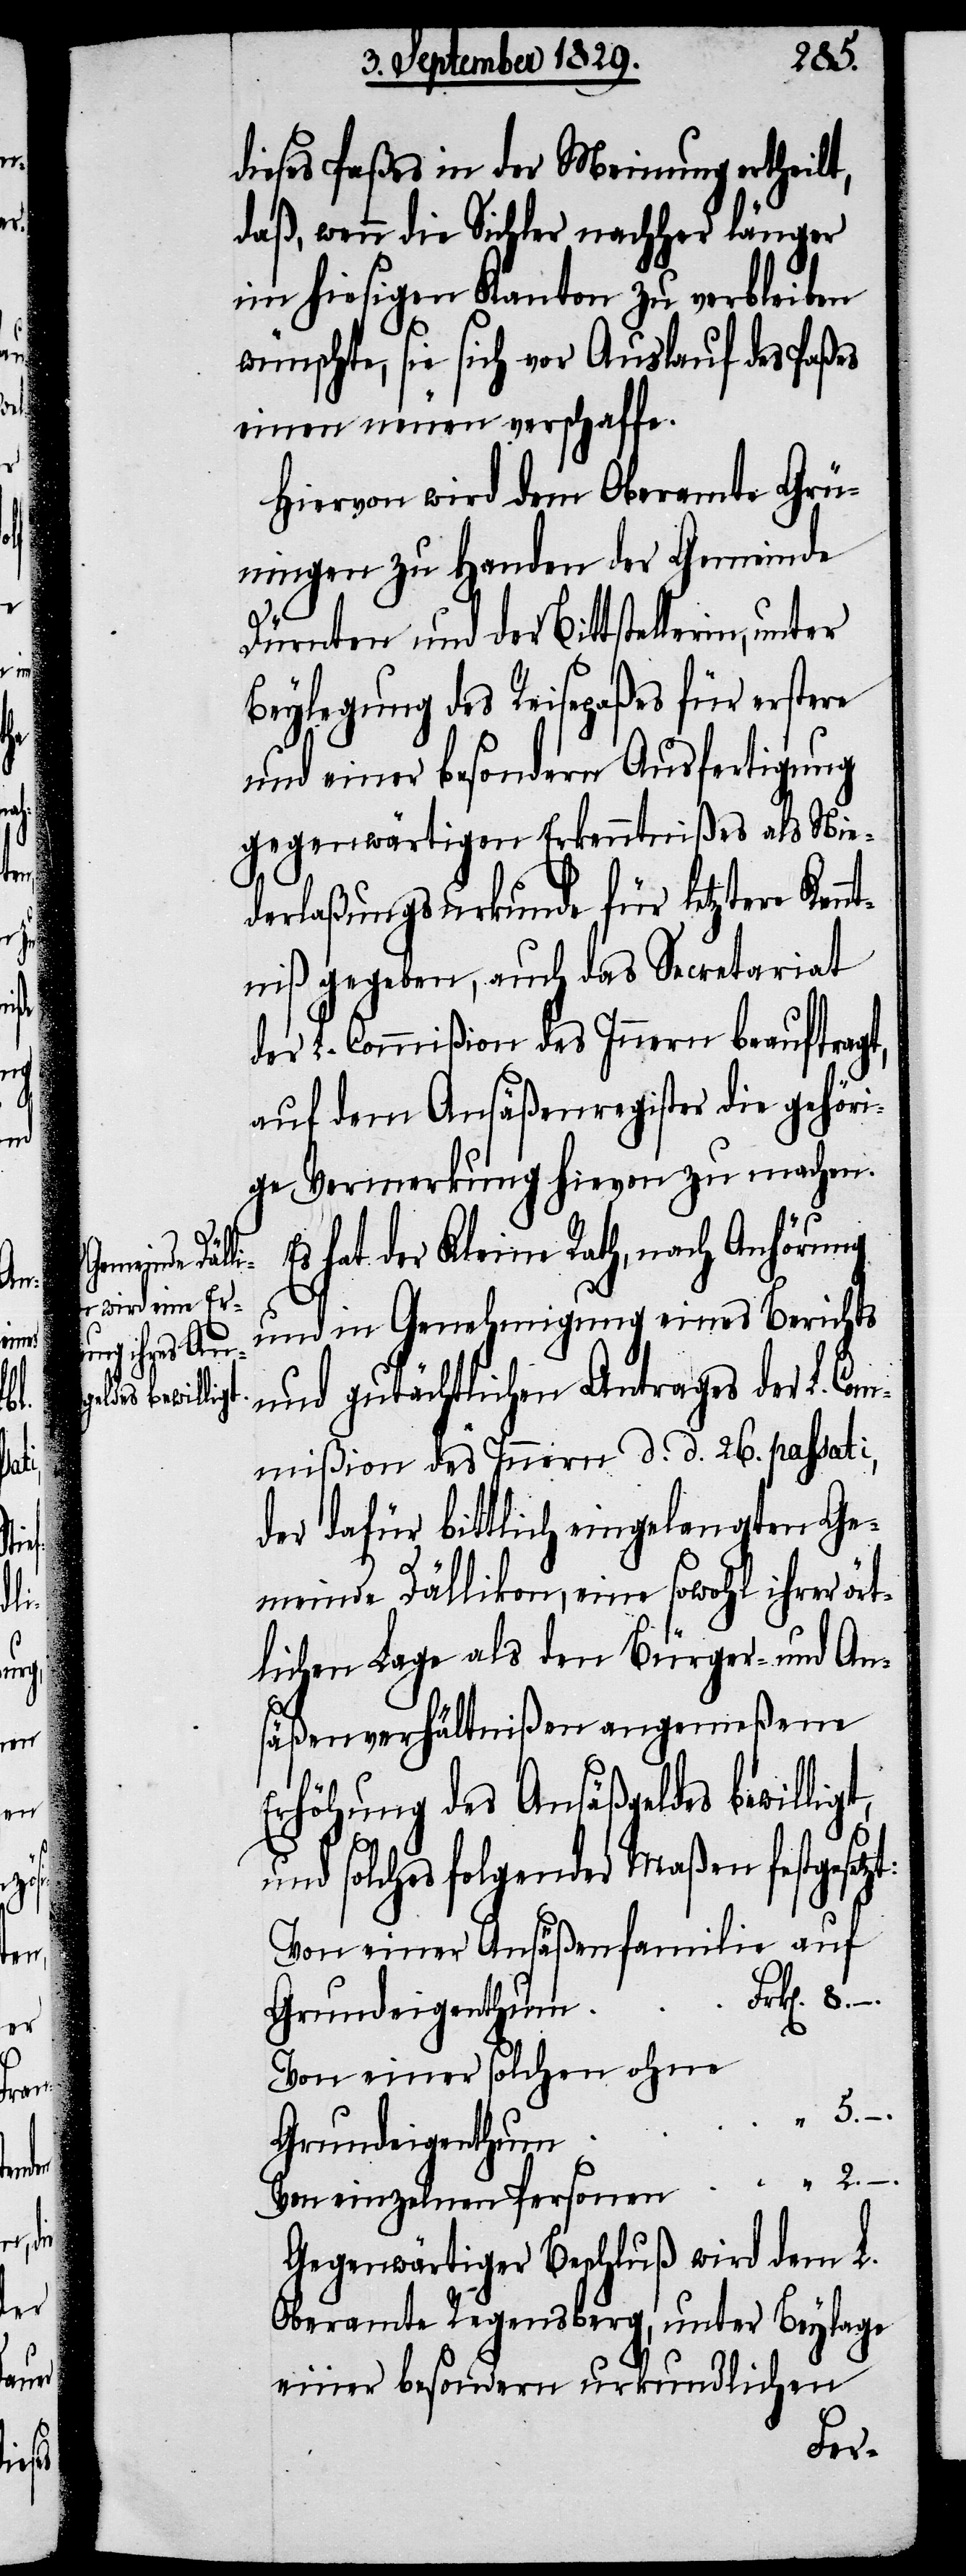
m	Fr¬

k[en].

dieses Paßes in der Meinung ertheilt,
daß, wenn die Sichler nachher länger
im hiesigen Kanton zu verbleiben
wünschte, sie sich vor Auslauf des Paßes
einen neuen verschaffe.
Hiervon wird dem Oberamte Grü¬
ningen zu Handen der Gemeinde
Dürnten und der Bittstellerin, unter
Beylegung des Reisepaßes für erstere
und einer besondern Ausfertigung
gegenwärtigen Erkenntnißes als Nie¬
derlaßungsurkunde für letztere Kenn¬
tniß gegeben, auch das Secretariat
des L. Commißion des Innern beauftragt,
auf dem Ansäßenregister die gehöri¬
ge Vermerkung hievon zu machen.
Es hat der Kleine Rath, nach Anhörung
und in Genehmigung eines Berichts
und gutächtlichen Antrags der L. Co¬
mmißion des Innern d. d. 26. passati,
der dafür bittlich eingelangten Ge¬
meinde Dällikon, eine sowohl ihrer ört¬
lichen Lage als den Bürger- und An¬
säßenverhältnißen angemeßene
Erhöhung des Ansäßgeldes bewillig¬
und solches folgender Maßen festgesetz¬
Von einer Ansäßenfamilie auf
Von einer solchen ohne
“ 5. –.
Grundeigenthum
Von einzelnen Personen	 “ 2. –.
Gegenwärtiger Beschluß wird dem L.
Oberamte Regensberg, unter Beylage
einer besondern urkundlichen